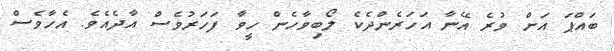
ބައްޕަ އަށް ވުރެ އޭނާ އަހަރެންދެކެ ލޯބިވާހެން ހީވާ ފަހަރުވެސް އާދެއެވެ. އެހާވެސް